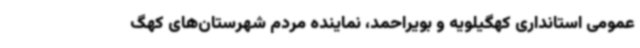
عمومی استانداری کهگیلویه و بویراحمد، نماینده مردم شهرستان‌های کهگ